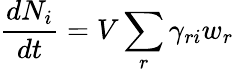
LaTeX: {\frac{dN_{i}}{dt}}=V\sum_{r}\gamma_{ri}w_{r}